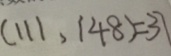
( 1 1 1 , 1 4 8 ) = 3 7